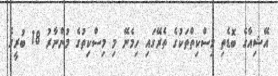
އޭޝިއާގެ ބޮޑެތި މިސްކިތްތަކުގެ ތެރޭގައި ހިމެނޭ މި މިސްކިތުގެ މުންނާރު 18 ބުރީގެ